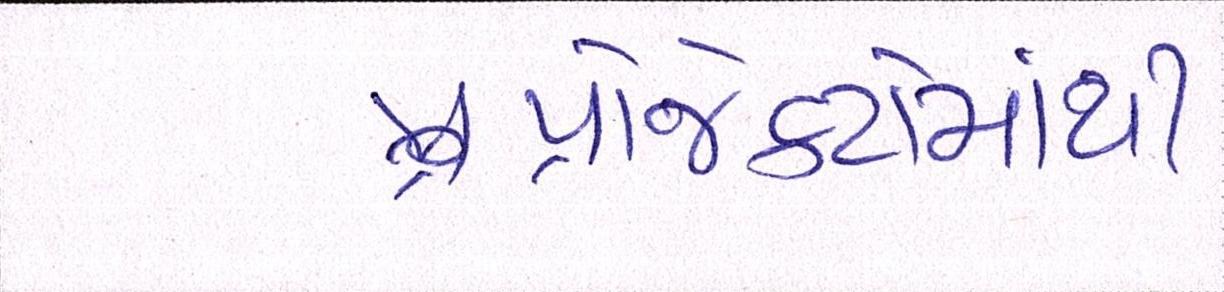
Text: પ્રોજેક્ટોમાંથી